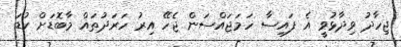
ޖިހާދު ވިދާޅުވީ އެ ފައިސާ ހަމަޖައްސަން ޖެހޭ އިރު ހަރަދުތައް މާބޮޑަށް ކުޑަ